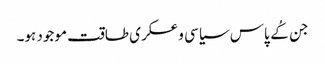
جن کُے پاس سیاسی و عسکری طاقت موجود ہو۔